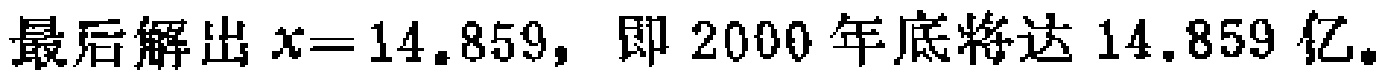
最后解出 \(x = 14.859\)，即 2000 年底将达 14.859 亿。